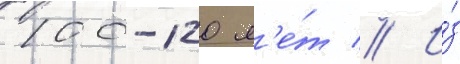
100-120 л'е́т // И́з